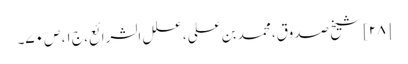
[۲۸] شیخ صدوق، محمد بن علی، علل الشرائع، ج ۱، ص ۷۰۔